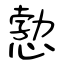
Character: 愂